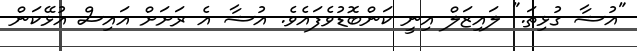
"އުޝާ ގުޅިތަ." ލައިޒަލް އިނީ ކަންބޮޑުވެފައެވެ. އުޝާ އެ ރަށަށް އައިސް އުޅޭކަން